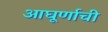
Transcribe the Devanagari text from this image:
आघूर्णाची